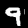
Label: 9